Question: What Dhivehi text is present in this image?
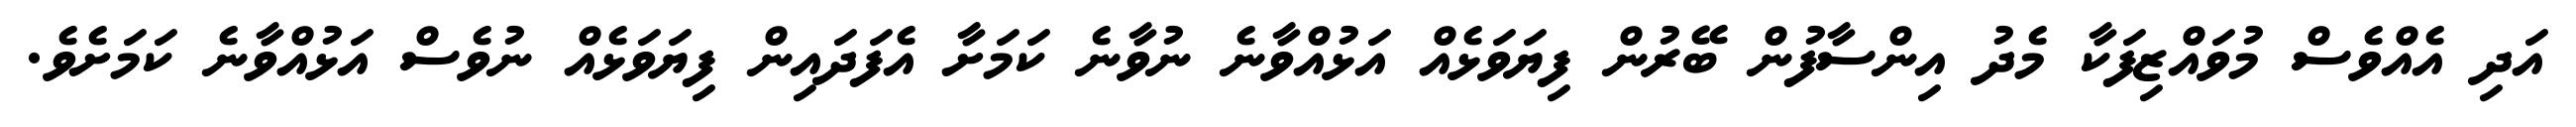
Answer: އަދި އެއްވެސް މުވައްޒިފަކާ މެދު އިންސާފުން ބޭރުން ފިޔަވަޅެއް އަޅުއްވާނެ ނުވާނެ ކަމަށާ އެފަދައިން ފިޔަވަޅެއް ނުވެސް އަޅުއްވާނެ ކަމަށެވެ.